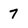
Character: 7